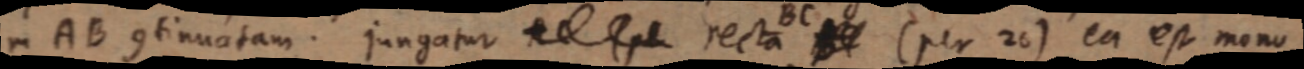
in AB continuatam. Jungatur AC _ recta BC _ (per 26) ea est mono